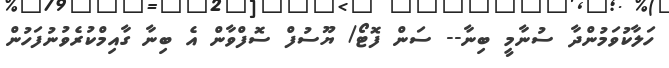
ހަލާކުވަމުންދާ ސުނާމީ ބިނާ-- ސަން ފޮޓޯ/ ޔޫސުފް ސޮފްވާން އެ ބިނާ ގާއިމްކުރެވުނުފަހުން